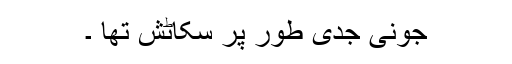
جونی جدی طور پر سکاٹش تھا ۔